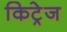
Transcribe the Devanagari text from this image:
किट्रेज